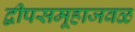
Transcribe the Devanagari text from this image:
द्वीपसमूहाजवळ